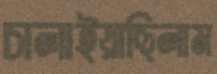
চালাইয়াছিলাম